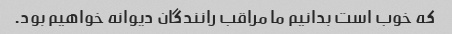
که خوب است بدانیم ما مراقب رانندگان دیوانه خواهیم بود.